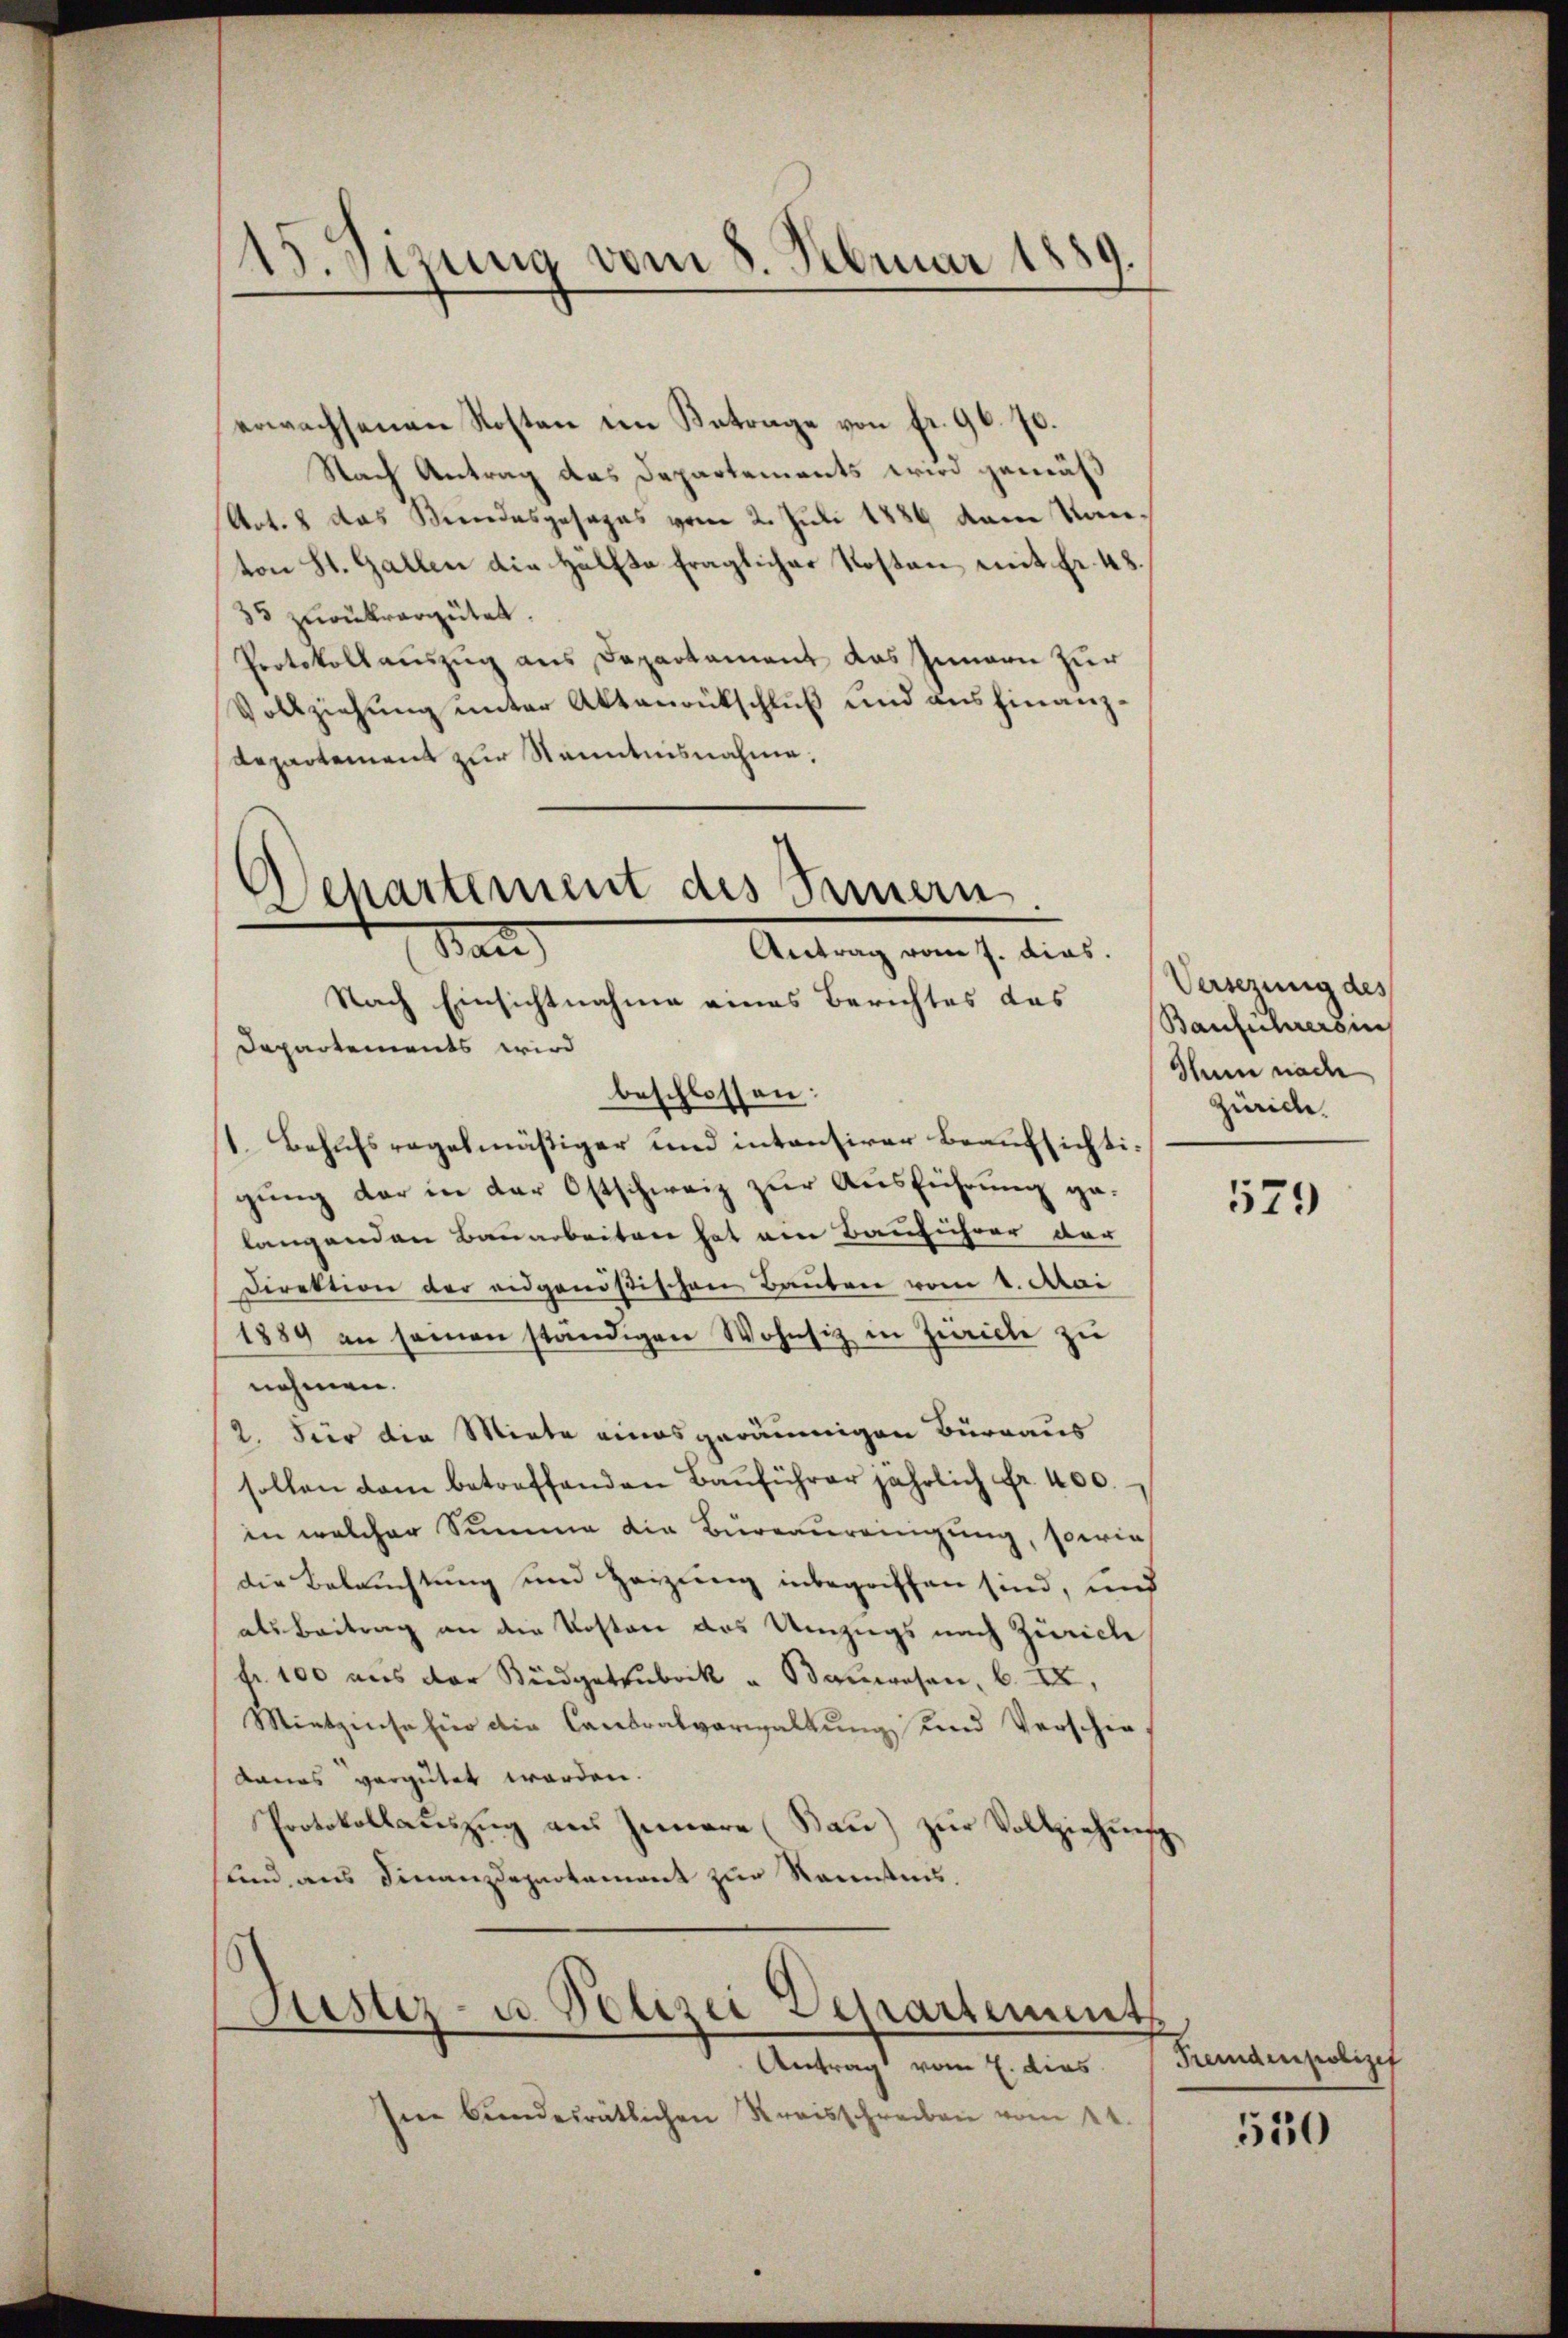
15. Sizung vom 8. Februar 1889.

erwachsenen Kosten im Betrage von fr. 96. 70.
Nach Antrag das Departements wird gemäß
Art. 8 das Kindesgesages vom 2. Juli 1889 dem Kanton St. Gallen die Hälfte fraglicher Kosten mit Fr. 48.
35 zurückvergütet.
Protokollauszug aus Departament das Innern zur
Vollziehung unter Aktenrütschluß und ausfinanzdepartement zur Kenntnisnahme.

Departement des Innern
Stand
Antrag vom 7. dies.

Nach Einsichtnahme eines Berichtes das
Departements wird
beschlossen:
1. Behufsregelmäßiger und intensirer Beaufsichtigung der in der Ostschweiz zur Ausführung gelangenden Bauarbeiten hat am Bauführer der
Direktion der eidgenößischen Bauten vom 1. Mai
1889 an seien ständigen Wohnsiz in Zuricle zu
nehmen.
2. Für die Miete eines geräumigen Bürraus
sollen dem betreffenden Bauführer jährlich fr. 400.
in welcher Summe die Bureauringung, sowie
die Beleuchtung und Heizung inbegriffen sind, und
als Beitrag an die Kosten das Umzugs nach Zürich
fr. 100 aus der Büdgetrubrik u Bauwesen, b. II,
Mietzinse hier die Cantralverwaltung und Verschiekanos vergütet worden.
Protokollaŭszŭg aŭs Innere (Baŭ) zŭr Vollziehŭng
und aus Finanzdepartement zur Kenntnis.
Justiz- u. Polizei Departements

Antrag vom 7. dies
hee bŭndesrätlichen Kreisschreiben vom 2t.

Versezung des
Banfuhreren
Ghann nac
Zürich.

579

Fremdenpolizei

550